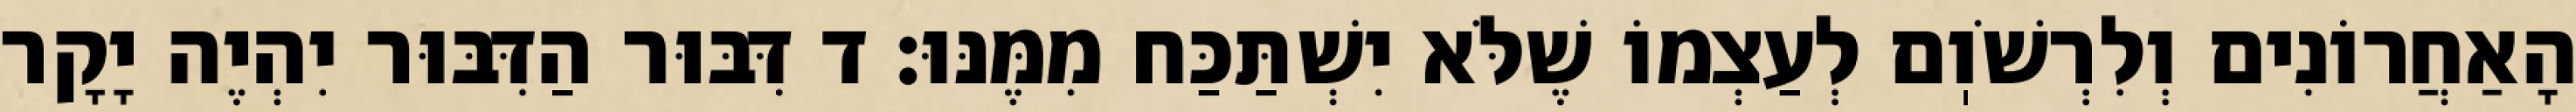
הָאַחֲרוֹנִים וְלִרְשֹׁוֽם לְעַצְמוֹ שֶׁלֹּא יִשְׁתַּכַּח מִמֶּנּוּ: ד דִּבּוּר הַדִּבּוּר יִהְיֶה יָקָר